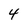
Character: 4